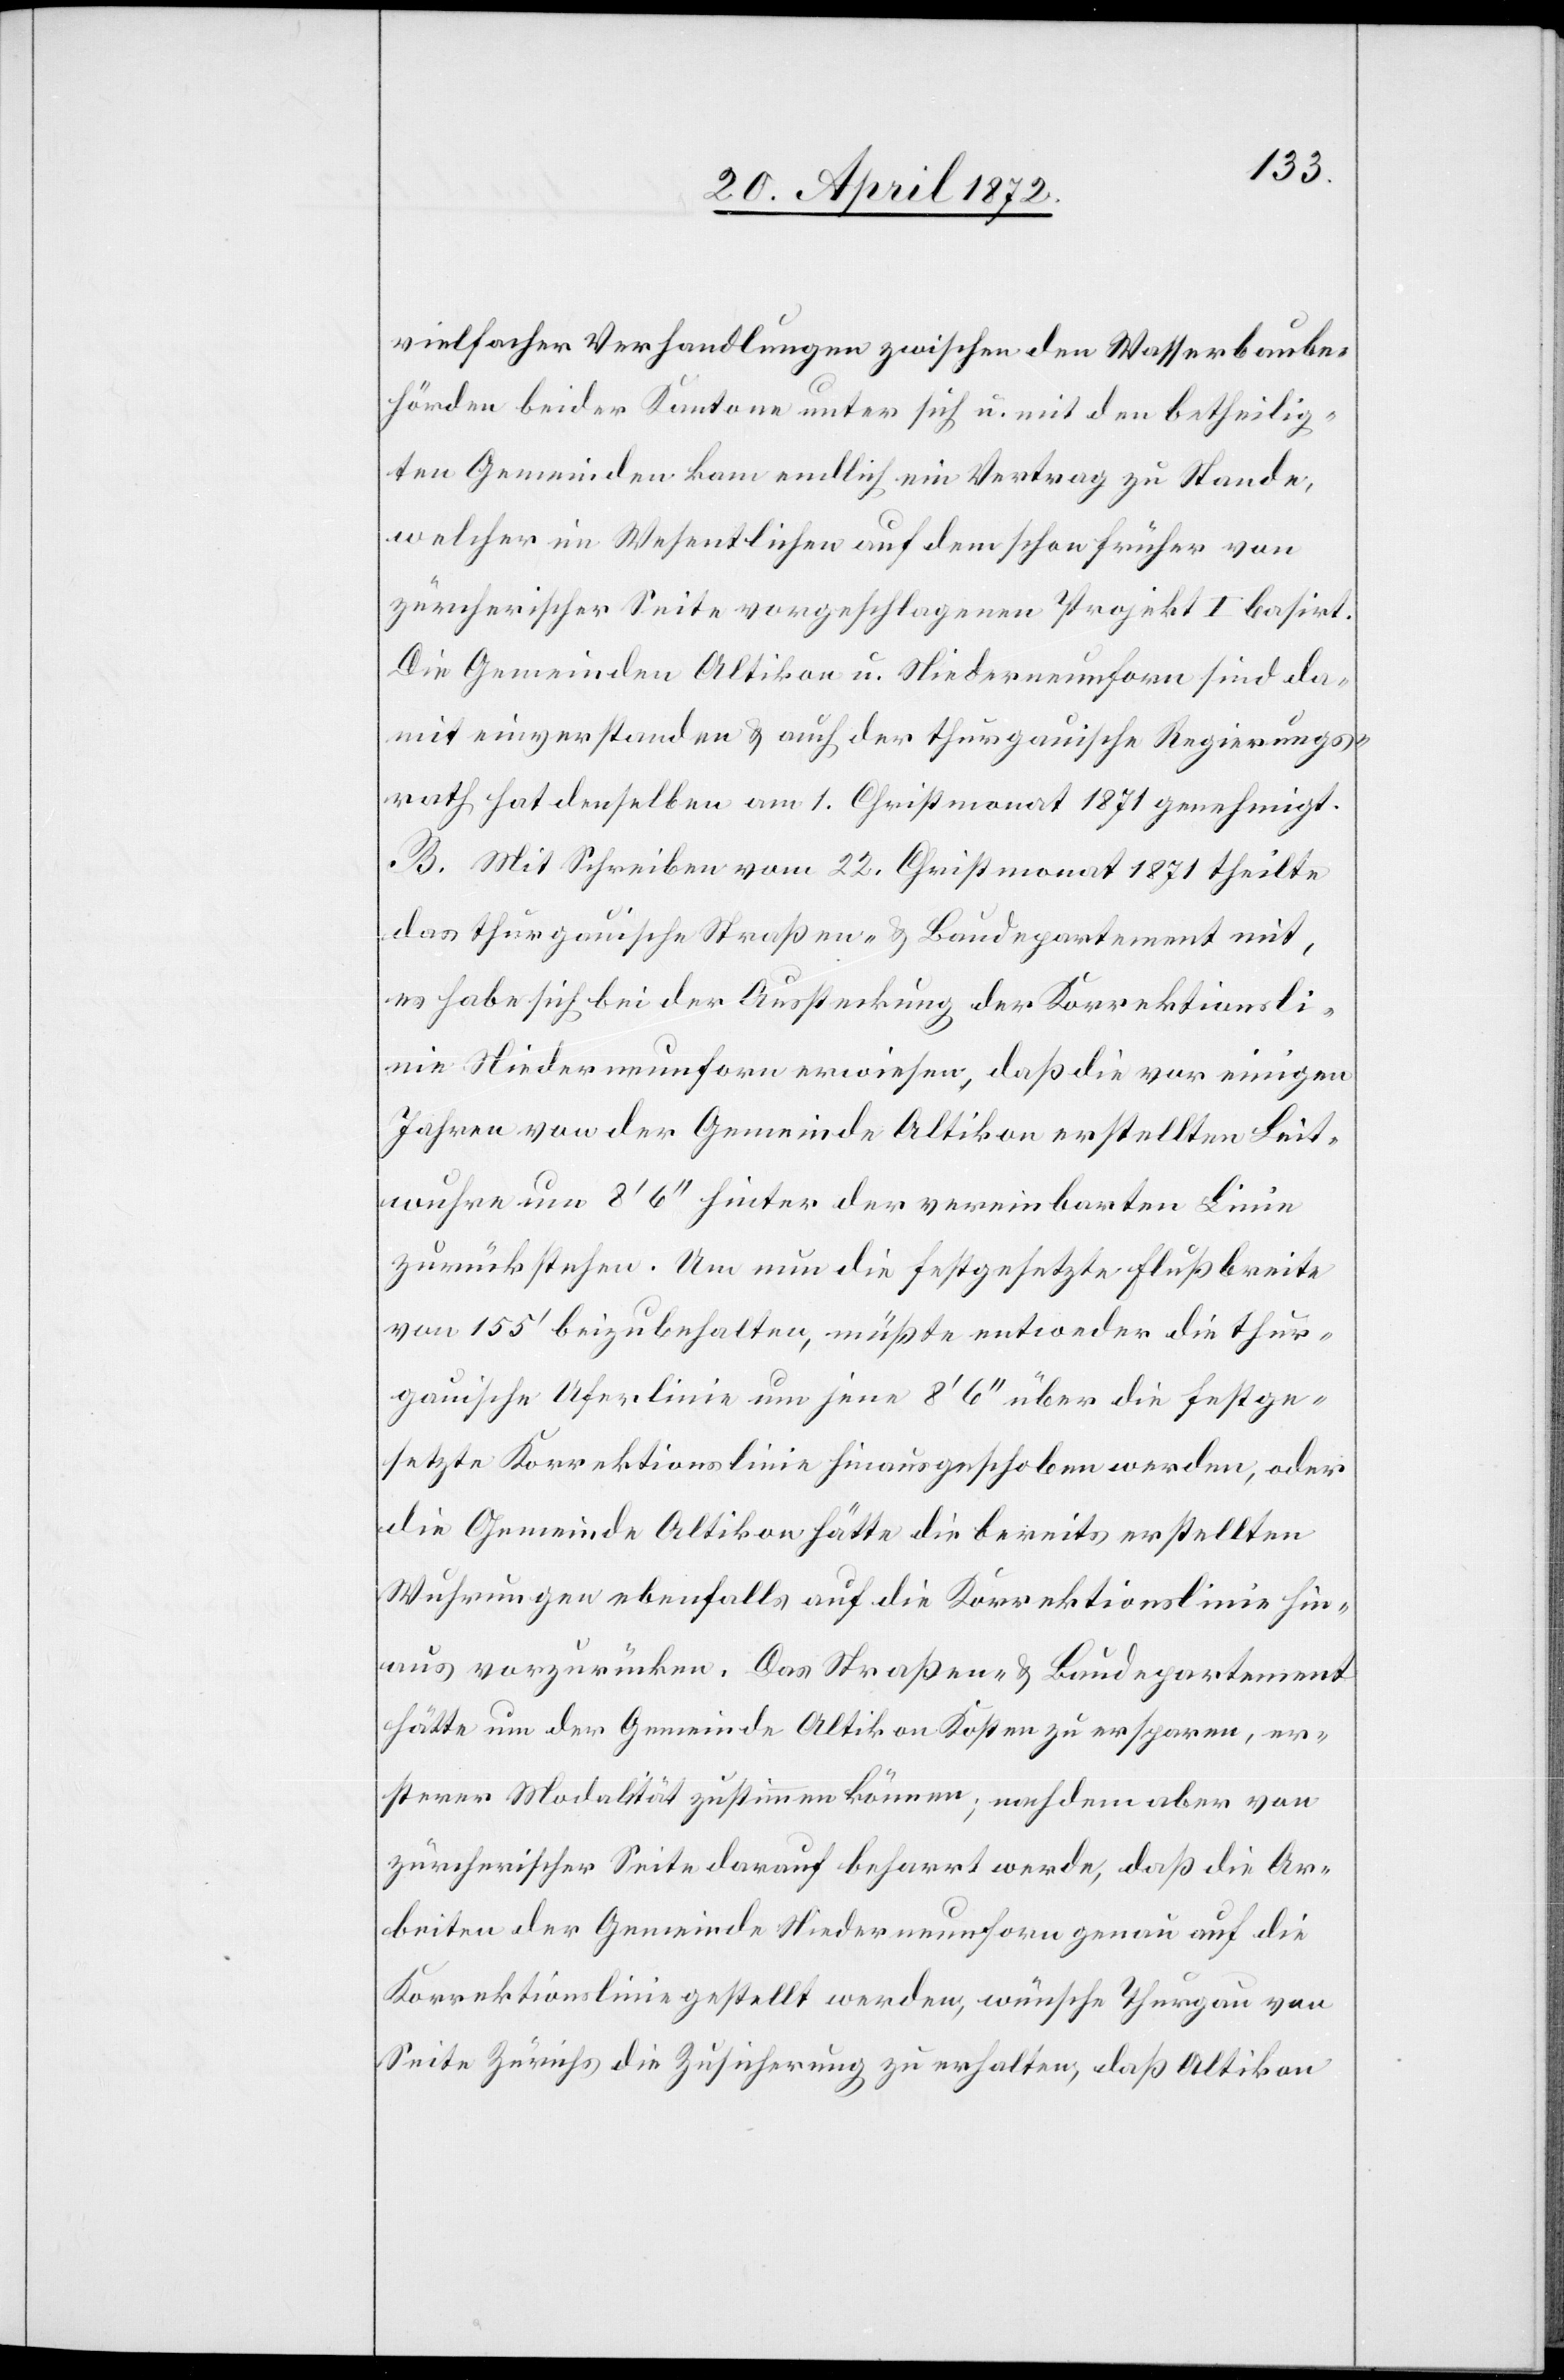
vielfacher Verhandlungen zwischen den Wasserbaube¬
hörden beider Kantone unter sich u. mit den betheilig¬
ten Gemeinden kam endlich ein Vertrag zu Stande,
welcher im Wesentlichen auf dem schon früher von
zürcherischer Seite vorgeschlagenen Projekt I basirt.
Die Gemeinden Altikon u. Niederneunforn sind da¬
mit einverstanden u. auch der thurgauische Regierungs¬
rath hat denselben am 1. Christmonat 1871 genehmigt.
B. Mit Schreiben vom 22. Christmonat 1871 theilte
das thurgauische Straßen- u. Baudepartement mit,
es habe sich bei der Aussteckung der Korrektionsli¬
nie Niederneunforn erwiesen, daß die vor einigen
Jahren von der Gemeinde Altikon erstellten Leit¬
wuhre um 8’ 6’’ hinter der vereinbarten Linie
zurückstehe. Um nun die festgesetzte Flußbreite
von 155’ beizubehalten, müßte entweder die thur¬
gauische Uferlinie um jene 8’ 6’’ über die festge¬
setzte Korrektionslinie hinausgeschoben werden, oder
die Gemeinde Altikon hätte die bereits erstellten
Wuhrungen ebenfalls auf die Korrektionslinie hin¬
aus vorzurücken. Das Straßen- u. Baudepartement
hätte um der Gemeinde Altikon Kosten zu ersparen, er¬
sterer Modalität zustimmen können; nachdem aber von
zürcherischer Seite darauf beharrt werde, daß die Ar¬
beiten der Gemeinde Niederneunforn genau auf die
Korrektionslinie gestellt werden, wünsche Thurgau von
Seite Zürichs die Zusicherung zu erhalten, daß Altikon